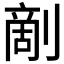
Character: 𠞶